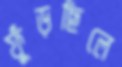
ফুঁড়ছিলে